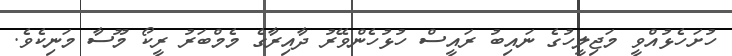
ހުށަހެޅުއްވީ މަޖިލީހުގެ ނައިބު ރައީސް ހުޅުހެންވޭރު ދާއިރާގެ މެމްބަރު ރީކޯ މޫސާ މަނިކެވެ.